Lunatic asylums Madras 1892-1911 - 1892-1911
Year: 1892
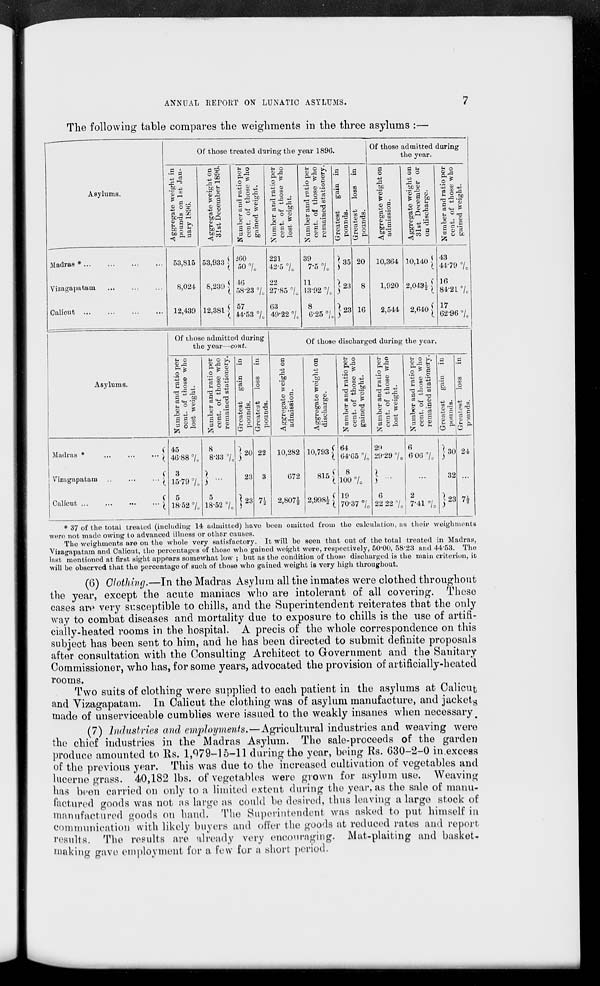
ANNUAL RETORT ON LUNATIC ASYLUMS.
The following table compares the weighments in tlie three asylums :—
Asylums.
Of those treated during the year 1896.
Of those admitted during
the year.
3gate weight in
ds on 1st Jan-
1896.
a co
o Cl
.0? IB
* a
S 8
er and ratio per
of those who
id weight.
er and ratio per
of those who
weight.
Bi* and ratio per
of those who
ined stationery.
g
a
8
bo
m
CO
CO CO
gate weight on
ssion.
gate weight on
December or
scharge.
?r and ratio per
of those who
;d weight.
Aggre
pour
uary
Numb
cent
gain<
Numb
cent,
lost
Numb
cent,
rema
Great
poun
Great
poun
Aggre
admi
Aggre
31st
on di
Numb
cent,
gain*
Madras * ...
... 53,815 53,933 j 460
60°/.
221
42-5 7o
39
7-5 7c J-35 20 10,364 10,140 | 43
44-79 7 0
Vizagapatam
...
8,024 8,239 j 46
58-23 0 / o
22
27-85 7 0
11
13-92 7 0 }*> 8 1,920 2,043| f 16
84-21 °/ 0
Calicut
... 12,439 12,381 | 57
44-53 °/ 0
63
49-22 7 t
8
6-25 °/ 0
| 23 16
2,544 2,640 | 17
62-96 7 C
Asylums.
Of those admitted during
the year—cont.
Of those discharged during the year.
Number and ratio per
cent, of those who
lost weight.
Number and ratio per
cent, of those who
remained stationer}'.
Greatest gain in
pounds.
CO
CO
o
si
S 5
a
o
'5
ll
ii JO
<B "3
si
Aggregate weight on
discharge.
Number and ratio per
cent, of those who
gained weight.
Number and ratio per
cent, of those who
lost weight.
Number and ratio per
cent, of those who
remained stationery.
Greatest gain in
pounds.
Greatest loss
in
pounds.
Madras *
'"X
45
46-88 °/ 0
8
8-33 7 0
] 20 22 10,282 10,793 i 64
64-65 7„
29
29-29 7 0
6
606 7 0
] 30 24
Vizagapatam
... ^
3
15-79 7,
23 3
672
815 i 8
loo 8 / 0
I
...
32 ...
Calicut ...
... l
5
18-52 °/ c
5
18-52 °/ 0
]23 n 2,807| 2,998^ [ 19
70-37 °/ 0
6
22 22 7 0
2
7-41 7 0
| 23 7!
* 37 of the total treated (including 14 admitted) have been omitted from the calculation, as their weighments
were not made owing to advanced illness or other causes.
The weighments are on the whole very satisfactory. It will be seen that out of the total treated in Madras,
Vizagapatam and Caliout, the percentages of those who gained weight were, respectively, 50-00, 58'23 and 44-53. The
last mentioned at first sight appears somewhat low ; but as the condition of those discharged is the main criterion, it
will be observed that the percentage of such of those who gained weight is very high throughout.
(6) Clothing.—In the Madras Asylum all the inmates were clothed throughout
the year, except the acute maniacs who are intolerant of all covering. These
cases are very susceptible to chills, and the Superintendent reiterates that the only
way to combat diseases and mortality due to exposure to chills is the use of artifi-
cially-heated rooms in the hospital. A precis of the whole correspondence on this
subject has been sent to him, and he has been directed to submit definite proposals
after consultation with the Consulting Architect to Government and the Sanitary
Commissioner, who has, for some years, advocated the provision of artificially-heated
rooms.
Two suits of clothing were supplied to each patient in the asylums at Calicut
and Vizagapatam. In Calicut the clothing was of asylum manufacture, and jacket s
made of unserviceable cumblies were issued to the weakly insanes when necessary
(7) Industries and employments.—Agricultural industries and weaving were
the chief industries in the Madras Asylum. The sale-proceeds of the garden
produce amounted to Us. 1,079-15-11 during the year, being Rs. G30-2-0 in.excess
of the previous year. This was due to the increased cultivation of vegetables and
lucerne grass. 40,182 lbs. of vegetables were grown for asylum use. Weaving
has been carried on only to a limited extent during the year, as the sale of manu-
factured goods was not as large as could be desired, thus leaving a large stock of
manufactured goods on hand. The Superintendent was asked to put himself in
Communication with likely buyers and offer the goods at reduced rates and report
results. The results are already very encouraging. Mat-plaiting and basket,
making gave employment for a few for a short period.